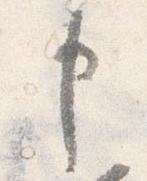
申